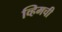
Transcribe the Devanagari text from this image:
व्हिमची